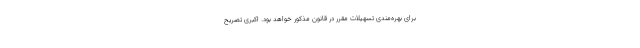
برای بهره‌مندی تسهیلات مقرر در قانون مذکور خواهد بود. اکبری تصریح